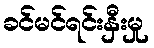
ခင်မင်ရင်းနှီးမှု